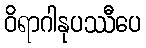
ဝိရာဂါနုပဿီပေ